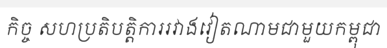
កិច្ច សហប្រតិបត្តិការរវាងវៀតណាមជាមួយកម្ពុជា